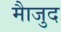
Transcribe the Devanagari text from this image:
माैजुद